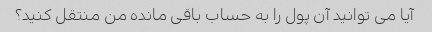
آیا می توانید آن پول را به حساب باقی مانده من منتقل کنید؟